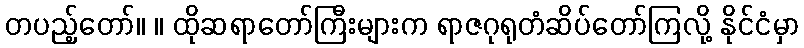
တပည့်တော်။ ။ ထိုဆရာတော်ကြီးများက ရာဇဂုရုတံဆိပ်တော်ကြလို့ နိုင်ငံမှာ